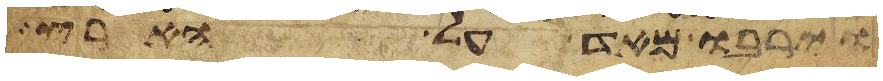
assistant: וירבו מאד על הארץ